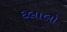
દલાલો